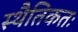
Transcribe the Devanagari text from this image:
स्थैतिकतः